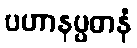
ပဟာနပ္ပဓာနံ